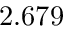
2 . 6 7 9